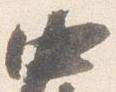
中